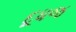
દૂધજ